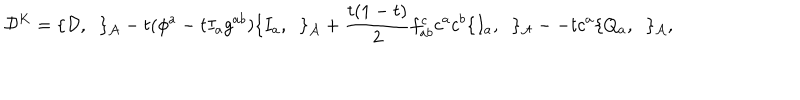
LaTeX: { \cal D } ^ { K } = \{ { \cal D } , \; \; \} _ { \cal A } - t ( \phi ^ { a } - t I _ { a } g ^ { a b } ) \{ I _ { a } , \; \; \} _ { \cal A } + \frac { t ( 1 - t ) } { 2 } f _ { a b } ^ { c } c ^ { a } c ^ { b } \{ I _ { a } , \; \; \} _ { \cal A } -- t c ^ { a } \{ Q _ { a } , \; \; \} _ { \cal A } ,